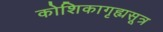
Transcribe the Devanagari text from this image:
कोशिकागृह्यसूत्र